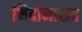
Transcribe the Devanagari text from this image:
निदानासह